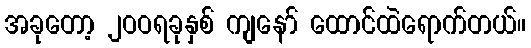
အခုတော့ ၂ဝဝရခုနှစ် ကျနော် ထောင်ထဲရောက်တယ်။